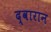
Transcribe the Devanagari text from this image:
द्वारान